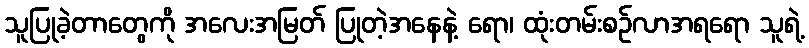
သူပြုခဲ့တာတွေကို အလေးအမြတ် ပြုတဲ့အနေနဲ့ ရော၊ ထုံးတမ်းစဉ်လာအရရော သူရဲ့